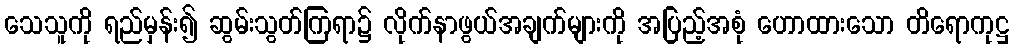
သေသူကို ရည်မှန်း၍ ဆွမ်းသွတ်ကြရာ၌ လိုက်နာဖွယ်အချက်များကို အပြည့်အစုံ ဟောထားသော တိရောကုဋ္ဌ